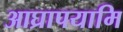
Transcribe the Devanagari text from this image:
आघ्रापयामि